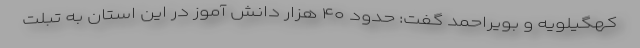
کهگیلویه و بویراحمد گفت: حدود ۴۰ هزار دانش آموز در این استان به تبلت